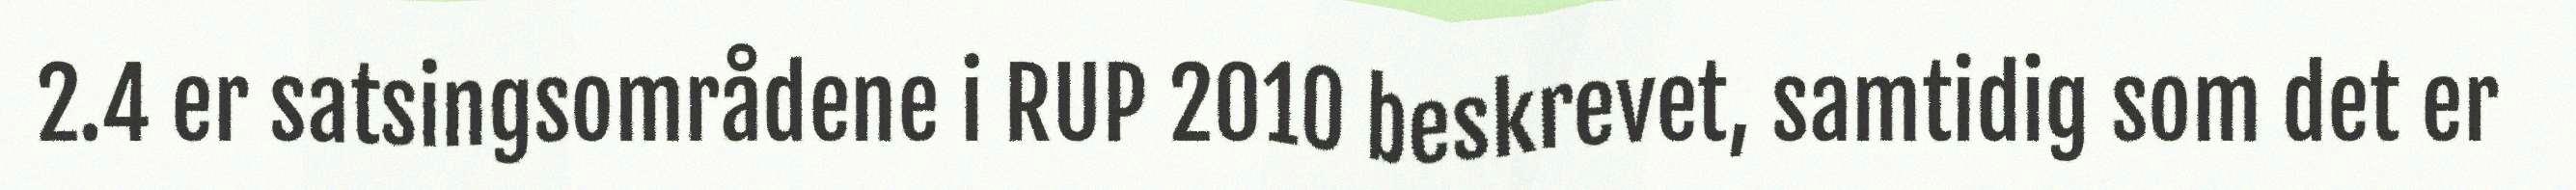
2.4 er satsingsområdene i RUP 2010 beskrevet, samtidig som det er